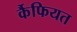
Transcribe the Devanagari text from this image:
र्कैफियत